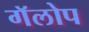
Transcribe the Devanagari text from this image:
गॅलोप